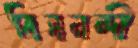
বিষনন্দী